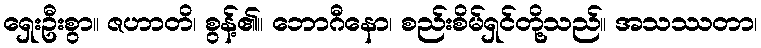
ရှေးဦးစွာ။ ဇဟာတိ၊ စွန့်၏။ ဘောဂီနော၊ စည်းစိမ်ရှင်တို့သည်။ အသဿတာ၊